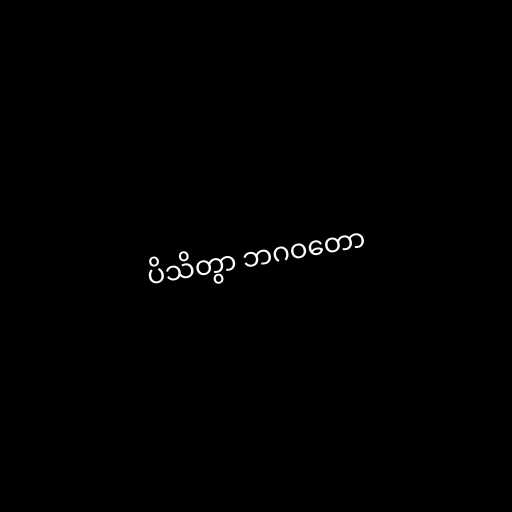
ပိသိတွာ ဘဂဝတော